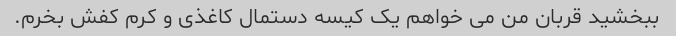
ببخشید قربان من می خواهم یک کیسه دستمال کاغذی و کرم کفش بخرم.